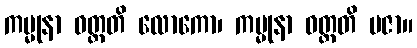
ကမ္မုနာ ဝတ္တတိ လောကော၊ ကမ္မုနာ ဝတ္တတိ ပဇာ။